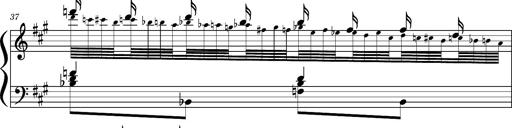
Title: Concerto sans orchestre, S.524a
Composer: Franz Liszt
Key: A major